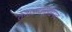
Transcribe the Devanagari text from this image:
तेनाऽप्यनुग्रहपदं